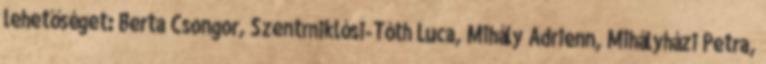
lehetőséget: Berta Csongor, Szentmiklósi-Tóth Luca, Mihály Adrienn, Mihályházi Petra,